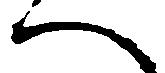
へ